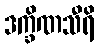
ဒက္ခိဏသီရိ